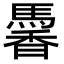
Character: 𩤹